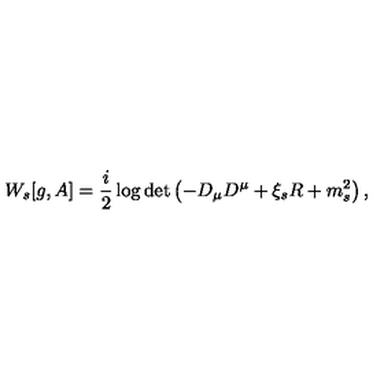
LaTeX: W _ { s } [ g , A ] = \frac i 2 \log \det \left( - D _ { \mu } D ^ { \mu } + \xi _ { s } R + m _ { s } ^ { 2 } \right) ,